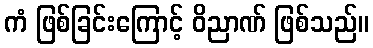
ကံ ဖြစ်ခြင်းကြောင့် ဝိညာဏ် ဖြစ်သည်။